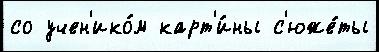
со учен'ико́м карт'и́ны с'юже́ты